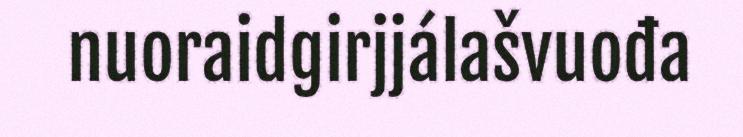
nuoraidgirjjálašvuođa